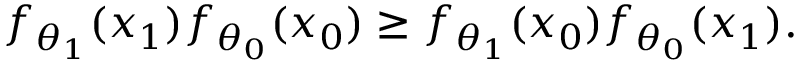
f _ { \theta _ { 1 } } ( x _ { 1 } ) f _ { \theta _ { 0 } } ( x _ { 0 } ) \geq f _ { \theta _ { 1 } } ( x _ { 0 } ) f _ { \theta _ { 0 } } ( x _ { 1 } ) .